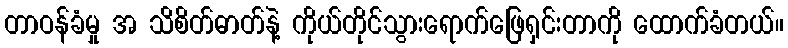
တာဝန်ခံမှု အ သိစိတ်ဓာတ်နဲ့ ကိုယ်တိုင်သွားရောက်ဖြေရှင်းတာကို ထောက်ခံတယ်။